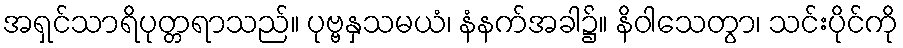
အရှင်သာရိပုတ္တရာသည်။ ပုဗ္ဗနှသမယံ၊ နံနက်အခါ၌။ နိဝါသေတွာ၊ သင်းပိုင်ကို